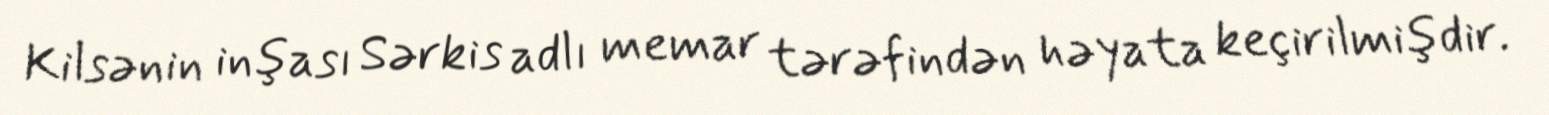
Kilsənin inşası Sərkis adlı memar tərəfindən həyata keçirilmişdir.